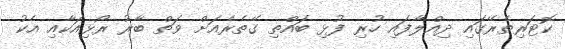
ކޮޓަރިތެރޭގައި ދިއްލާފައި ހުރި ފުޅި ބައްތި ގޭތެރެއަށް ވަތް ބާރު ރޯޅިއަކާއި އެކު